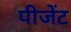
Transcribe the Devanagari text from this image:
पीजेंट